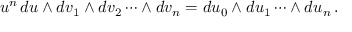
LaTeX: u ^ { n } \, d u \wedge d v _ { 1 } \wedge d v _ { 2 } \cdots \wedge d v _ { n } = d u _ { 0 } \wedge d u _ { 1 } \cdots \wedge d u _ { n } \, .